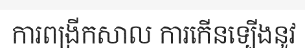
ការពង្រីកសាល ការកើនទ្បើងនូវ